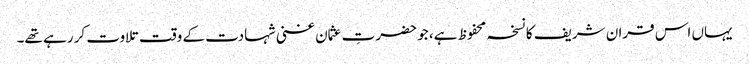
یہاں اس قران شریف کا نسخہ محفوظ ہے، جو حضرتِ عثمان غنی شہادت کے وقت تلاوت کر رہے تھے۔